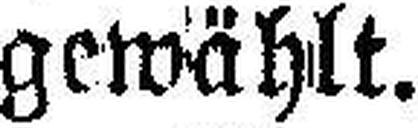
gewählt.